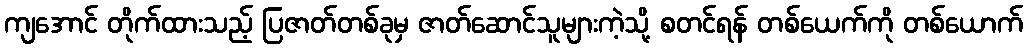
ကျအောင် တိုက်ထားသည့် ပြဇာတ်တစ်ခုမှ ဇာတ်ဆောင်သူများကဲ့သို့ စတင်ရန် တစ်ယေက်ကို တစ်ယောက်